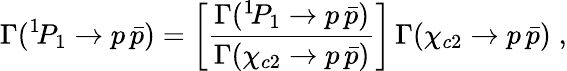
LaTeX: \Gamma(^{1}\! P_{1}\to p\, \bar{p})=\left[\frac{\Gamma(^{1}\! P_{1}\to p\, \bar{p})}{\Gamma(\chi_{c2}\to p\, \bar{p})}\right]\, \Gamma(\chi_{c2}\to p\, \bar{p})\; ,